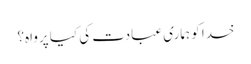
خدا کو ہماری عبادت کی کیا پرواہ؟